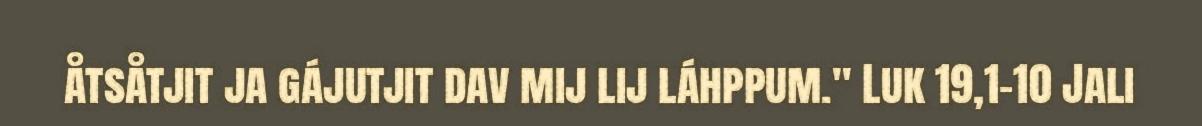
åtsåtjit ja gájutjit dav mij lij láhppum." Luk 19,1-10 Jali